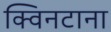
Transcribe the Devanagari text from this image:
क्विनटाना